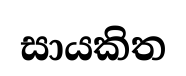
සායකිත